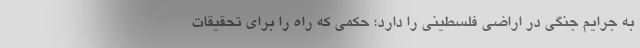
به جرایم جنگی در اراضی فلسطینی را دارد؛ حکمی که راه را برای تحقیقات